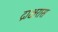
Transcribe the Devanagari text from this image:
द्राक्षरास